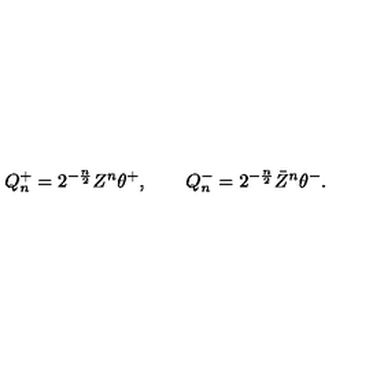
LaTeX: Q _ { n } ^ { + } = 2 ^ { - \frac n 2 } Z ^ { n } \theta ^ { + } , \qquad Q _ { n } ^ { - } = 2 ^ { - \frac n 2 } \bar { Z } ^ { n } \theta ^ { - } .